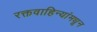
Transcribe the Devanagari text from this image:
रक्तवाहिन्यांमधून